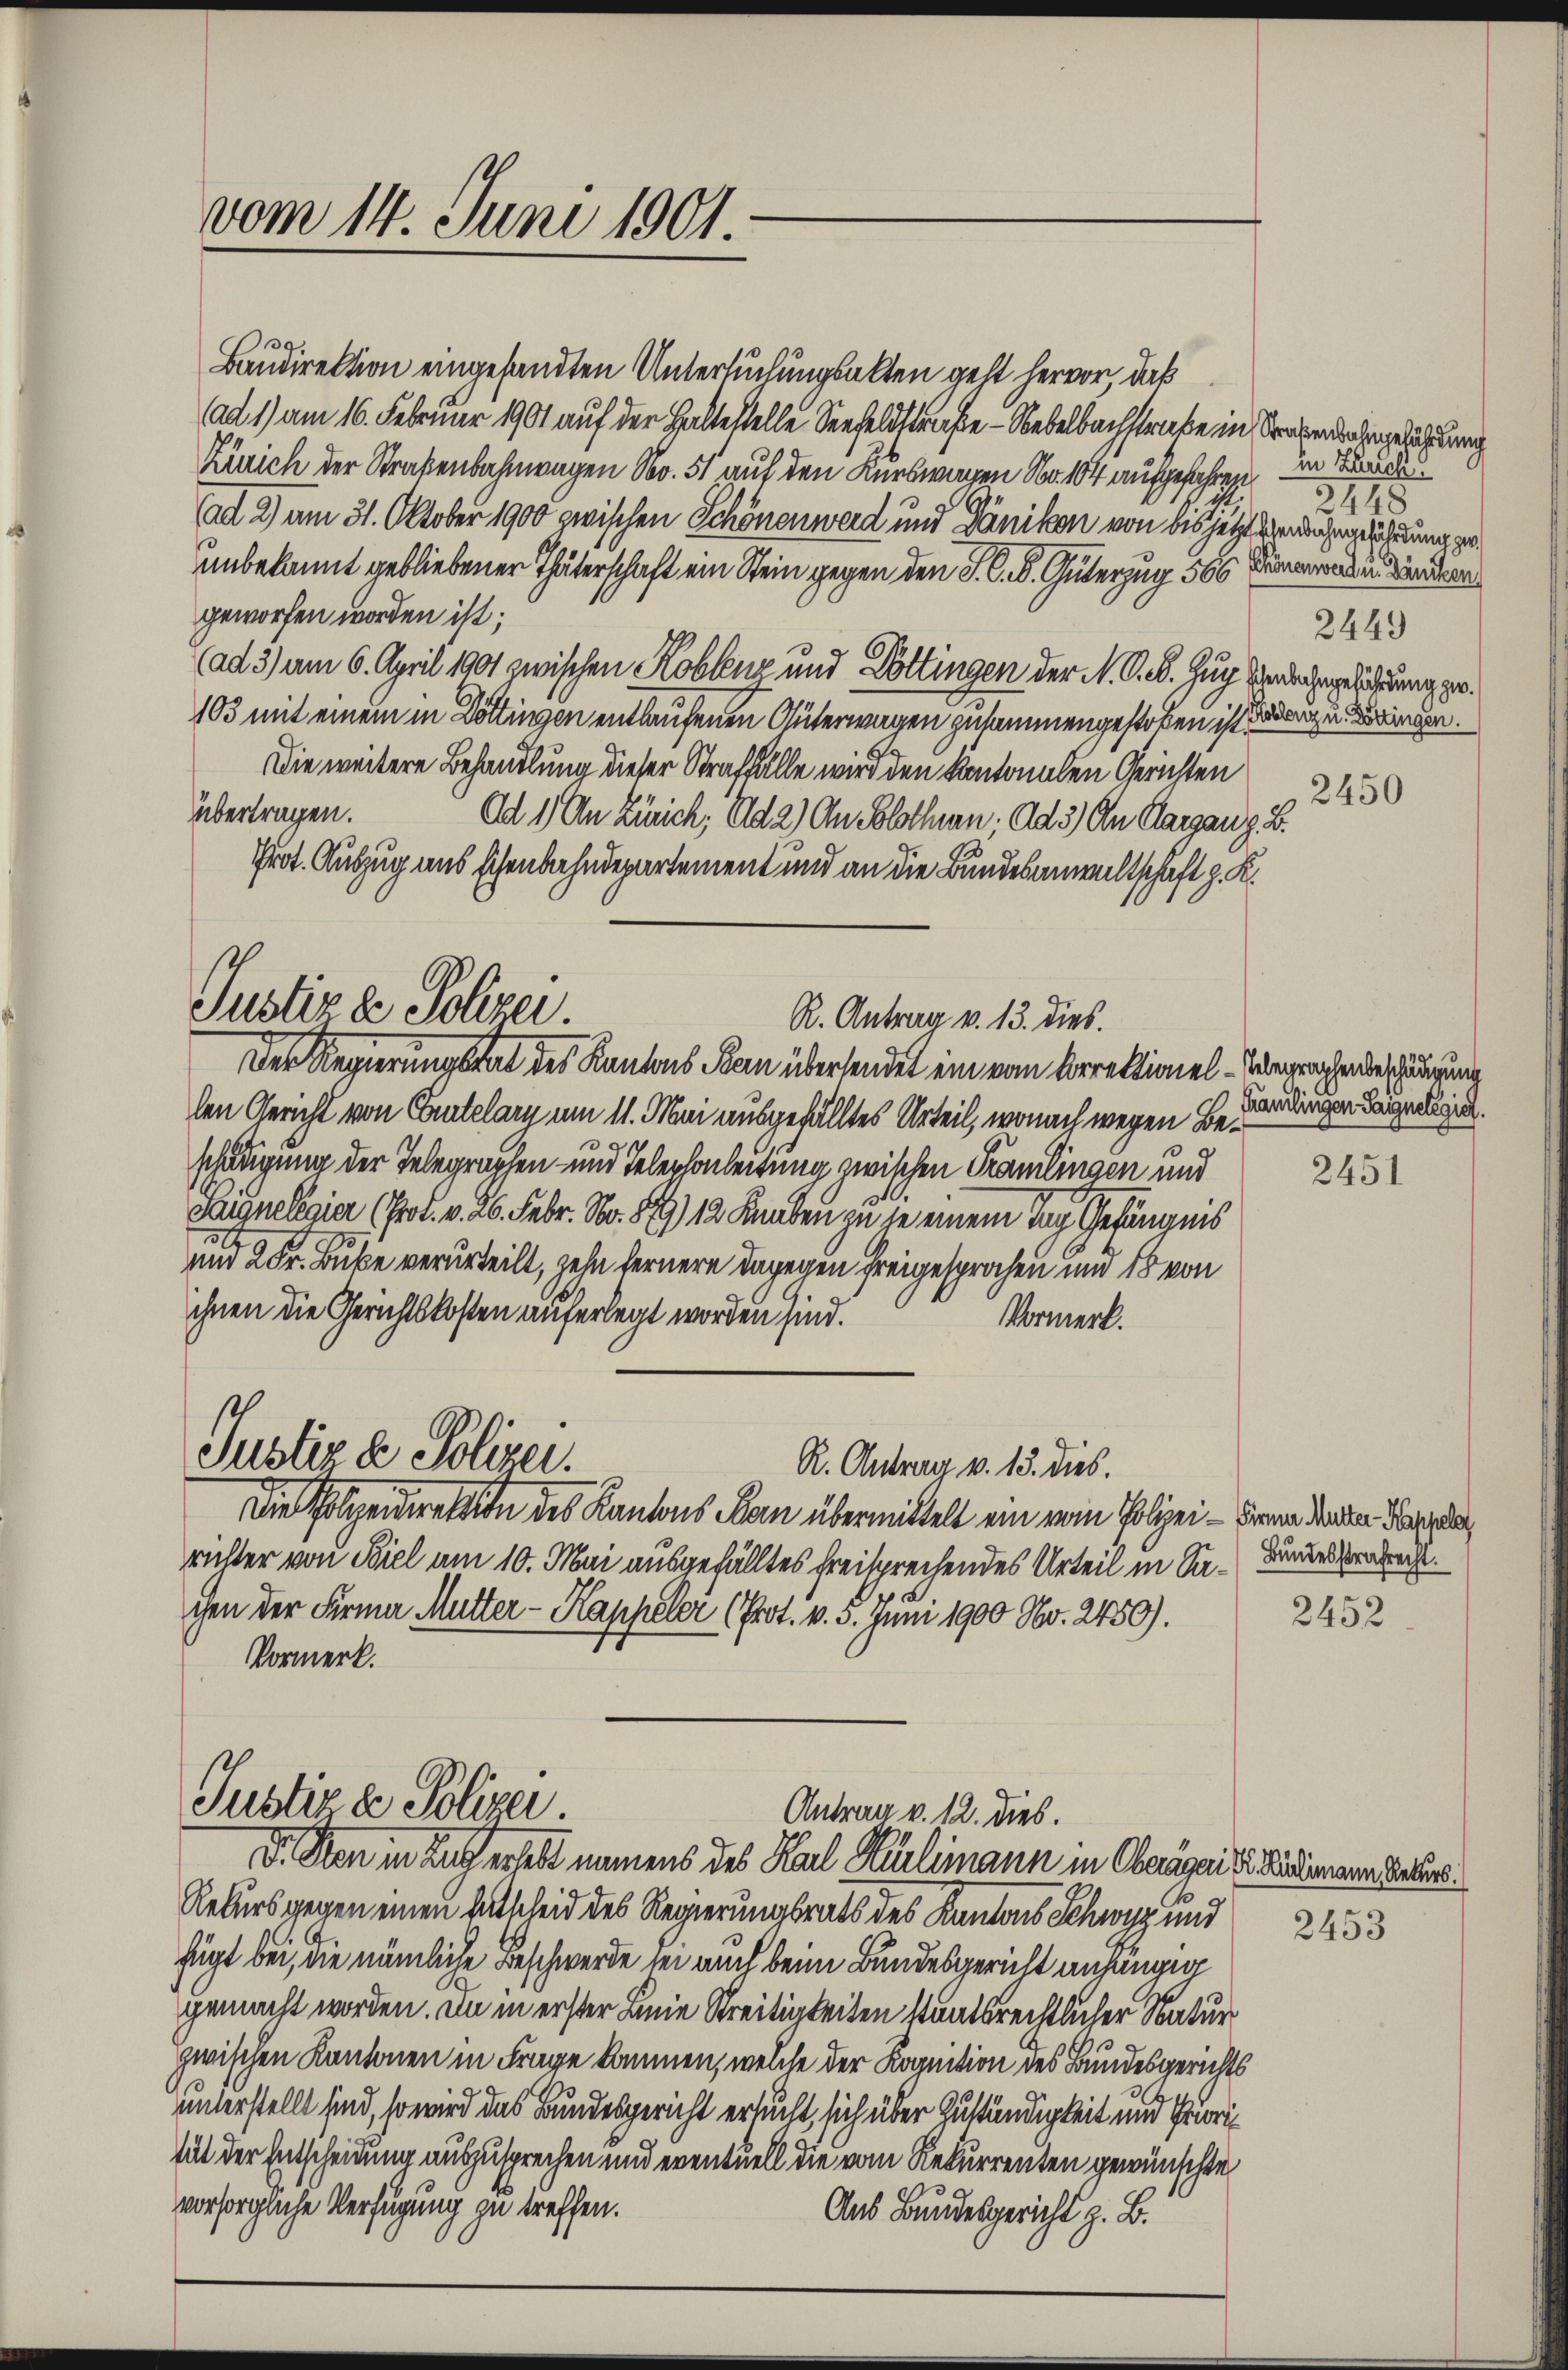
vom 14. Juni 1901.

Justiz & Polizei.
R. Antrag v. 13. dies.

Baudirektion eingesandten Untersuchungsalten geht hervor, daß
ad 1) am 16. Februar 1901 auf der Haltestelle Seefeldstraße – Nebelbachstraße in Strafenbahngeführung
Zürich der Straßenbahnwagen No. 51 auf den Kurswagen No 104 aufgefahre
ad 2) am 31. Oktober 1900 zwischen Schönenwerd und Dänikon von des jetzt werden ergeführung zu
unbekannt gebliebener Thäterschaft ein Stein gegen den S. C. S. Güterzug 566 de
geworfen worden ist;
(ad 3) am 6. April 1901 zwischen Koblenz und Döttingen der N. O. B. Zug Brachgeführung zu.
103 mit einem in Döttingen entlaufenen Unterwagen zusammengestoßen ist den zu Binden.
Die weitere Behandlung dieser Straffalle wird den kantonalen Gerichten
übertragen.
Ad 1) An Zürich, Ad 2) An Solothurn; Ad 3) An Aargau z. B.
Prot. Auszug uns schenbahndepartement und an die Bundesanwaltschaft z. K.
Der Regierung stat des Kantons San übersendet ein vom Correktionel-Wegenhanderschädigung
len Gericht von Entelary um 11. Mai ausgefälltes Urteil, wonach wegen Beschädigung der Telegraphen und Telephonleitung zwischen Tramlingen und
Sargneligier (Prod. v. 26. Febr. No. 899) 12 Knaben zu je einem Tag Gefängnis
1
un 2 Fr. Buke verurteilt, zehn fernere dagegen freigesprochen und 18 von
ihnen die Gerichtskosten auferlegt worden sind.
Vormerk.
Justiz & Polizei.
R. Antrag v. 13. dies.
Die Polizeidirektion des Kantons Ban übermittelt ein vom Polizei - die an den den Kaplan
richter von Biel am 10. Mai ausgefälltes freisprechendes Urteil in Sa-Bruder Verbrech
chen der Firme Mutter-Kappeler (Prot. v. 3. Juni 1900 No. 2450).
Vormerk.

Justiz & Polizei.
Antrag v. 12. dies.
D. Von in Zug erhebt namens des Karl Hürlimann in Oberägaisi demann dadur

Rekurs gegen einen Entscheid des Regierungsrath des Kantons Schwyz und
fügt bei, die nämliche Beschwerde sei auch beim Bundesgericht anhängig
gemacht worden. Da in erster Linie Streitigkeiten staatsrechtlicher Natur
1
zwischen Kantonen in Frage kommen, welche der Kognition des Bundesgerichts
unterstellt sind, so wird das Bundesgericht ersucht, sich über Zuständigkeit und Erweitut der Entscheidung auszusprechen und eventuell die vom Rekurrenten gewünschte
vorsorgliche Verfügung zu treffen.
Aus Bundesgericht z. B.

in Zürich.
5448
2449

2450

Gramlingen Sagnelegier.

2451

2452

2453